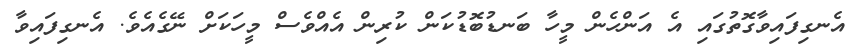
އެނގިފައިވާގޮތުގައި އެ އަންހެން މީހާ ބަނޑުބޮޑުކަން ކުރިން އެއްވެސް މީހަކަށް ނޭގެއެވެ. އެނގިފައިވާ